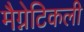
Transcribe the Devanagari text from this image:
मैग्नेटिकली